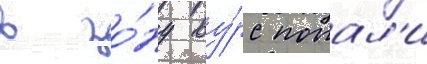
в зо́ну ву́рс попал'и